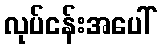
လုပ်ငန်းအပေါ်